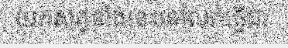
យកសត្វទាំងនេះទៅលក់ធ្វើជា